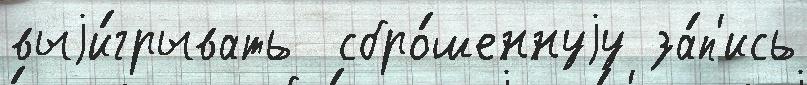
выjи́грывать  сбро́шеннуjу за́п'ись